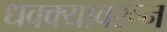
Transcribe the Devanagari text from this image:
धक्क्यावरून